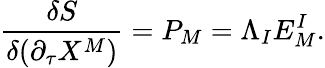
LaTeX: {\frac{\delta S}{\delta(\partial_{\tau}X^{M})}}=P_{M}=\Lambda_{I}E_{M}^{I}.